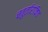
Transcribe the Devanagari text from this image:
चतुर्तारांकित